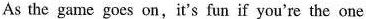
As the gamegoes on,it's fun if you're the one